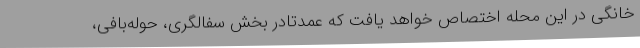
خانگی در این محله اختصاص خواهد یافت که عمدتادر بخش سفالگری، حوله‌بافی،